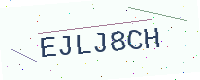
Text: EJLJ8CH